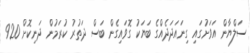
ސަލްޔާން އަވަށުގައި ގިނައަދަދެއްގެ ބަޔަކު ގޮވައިގެން ބަސް ދަތުރު ކުރަމުން ދަނިކޮށް 920